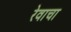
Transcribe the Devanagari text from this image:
रेवाचा